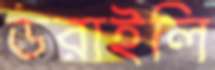
ডরাইলি